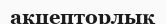
акцепторлық